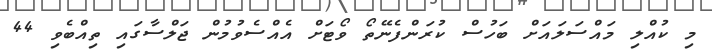
މި ކުއްލި މައްސަލައަށް ބަހުސް ކުރަންފެނޭތޯ ވޯޓަށް އެއްސެވުމުން ޖަލްސާގައި ތިއްބެވި 44